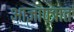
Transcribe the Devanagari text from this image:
आज्ञापत्रात